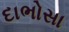
દાભોસા